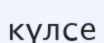
күлсе